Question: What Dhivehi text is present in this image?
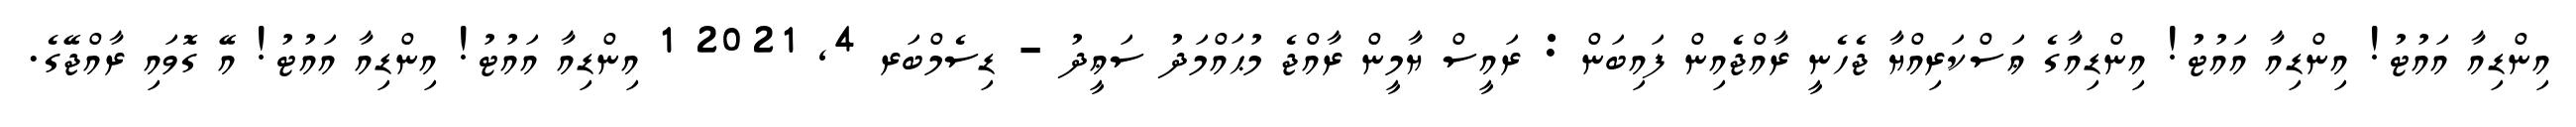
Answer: އިންޑިއާ އައުޓު! އިންޑިއާ އައުޓު! އިންޑިއާގެ ޢަސްކަރިއްޔާ ޖެހެނީ ރާއްޖެއިން ފައިބަން : ރައީސް ޔާމީން ރާއްޖެ މުޙައްމަދު ސަޢީދު - ޑިސެމްބަރ 4, 2021 1 އިންޑިއާ އައުޓު! އިންޑިއާ އައުޓު! އޭ ގޮވައި ރާއްޖޭގެ.